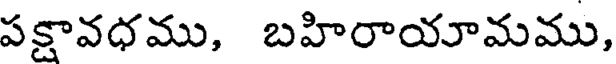
పక్షావధము, బహిరాయామము,